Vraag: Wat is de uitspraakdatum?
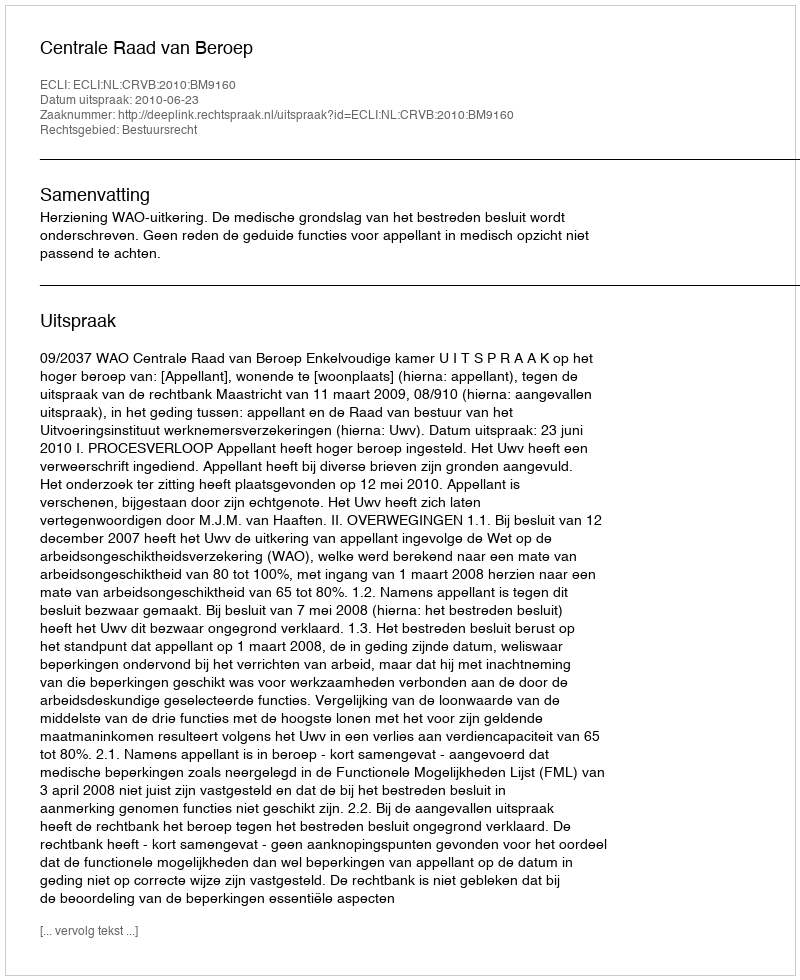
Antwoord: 2010-06-23